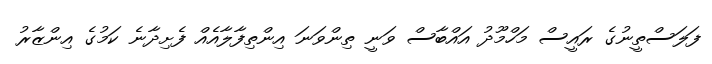
ފަލަސްތީނުގެ ރައީސް މަހްމޫދު އައްބާސް ވަނީ ތިންވަނަ އިންތިފާލާއެއް ފެށިދާނެ ކަމުގެ އިންޒާރު